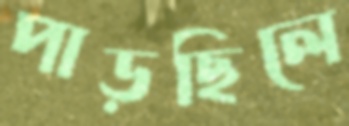
পাড়ছিলে